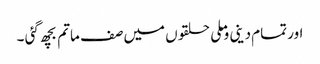
اور تمام دینی وملی حلقوں میں صف ماتم بچھ گئی ۔